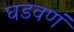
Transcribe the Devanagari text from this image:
घडवणं